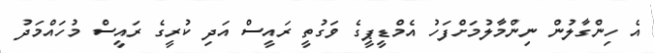
އެ ހިންގާލުން ނިންމާލުމަށްފަހު އެމްޑީޕީގެ ވަގުތީ ރައީސް އަދި ކުރީގެ ރައީސް މުހައްމަދު